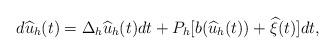
LaTeX: \begin{align*}d\widehat{u}_h(t)=\Delta_h \widehat{u}_h(t)dt+P_h[b(\widehat{u}_h(t))+\widehat{\xi}(t)]dt,\end{align*}